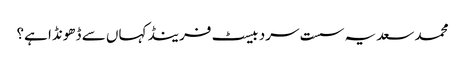
محمد سعد یہ سست سرد بیسٹ فرینڈ کہاں سے ڈھونڈا ہے؟